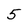
Character: 5